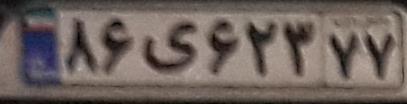
۸۶ی۶۲۳۷۷